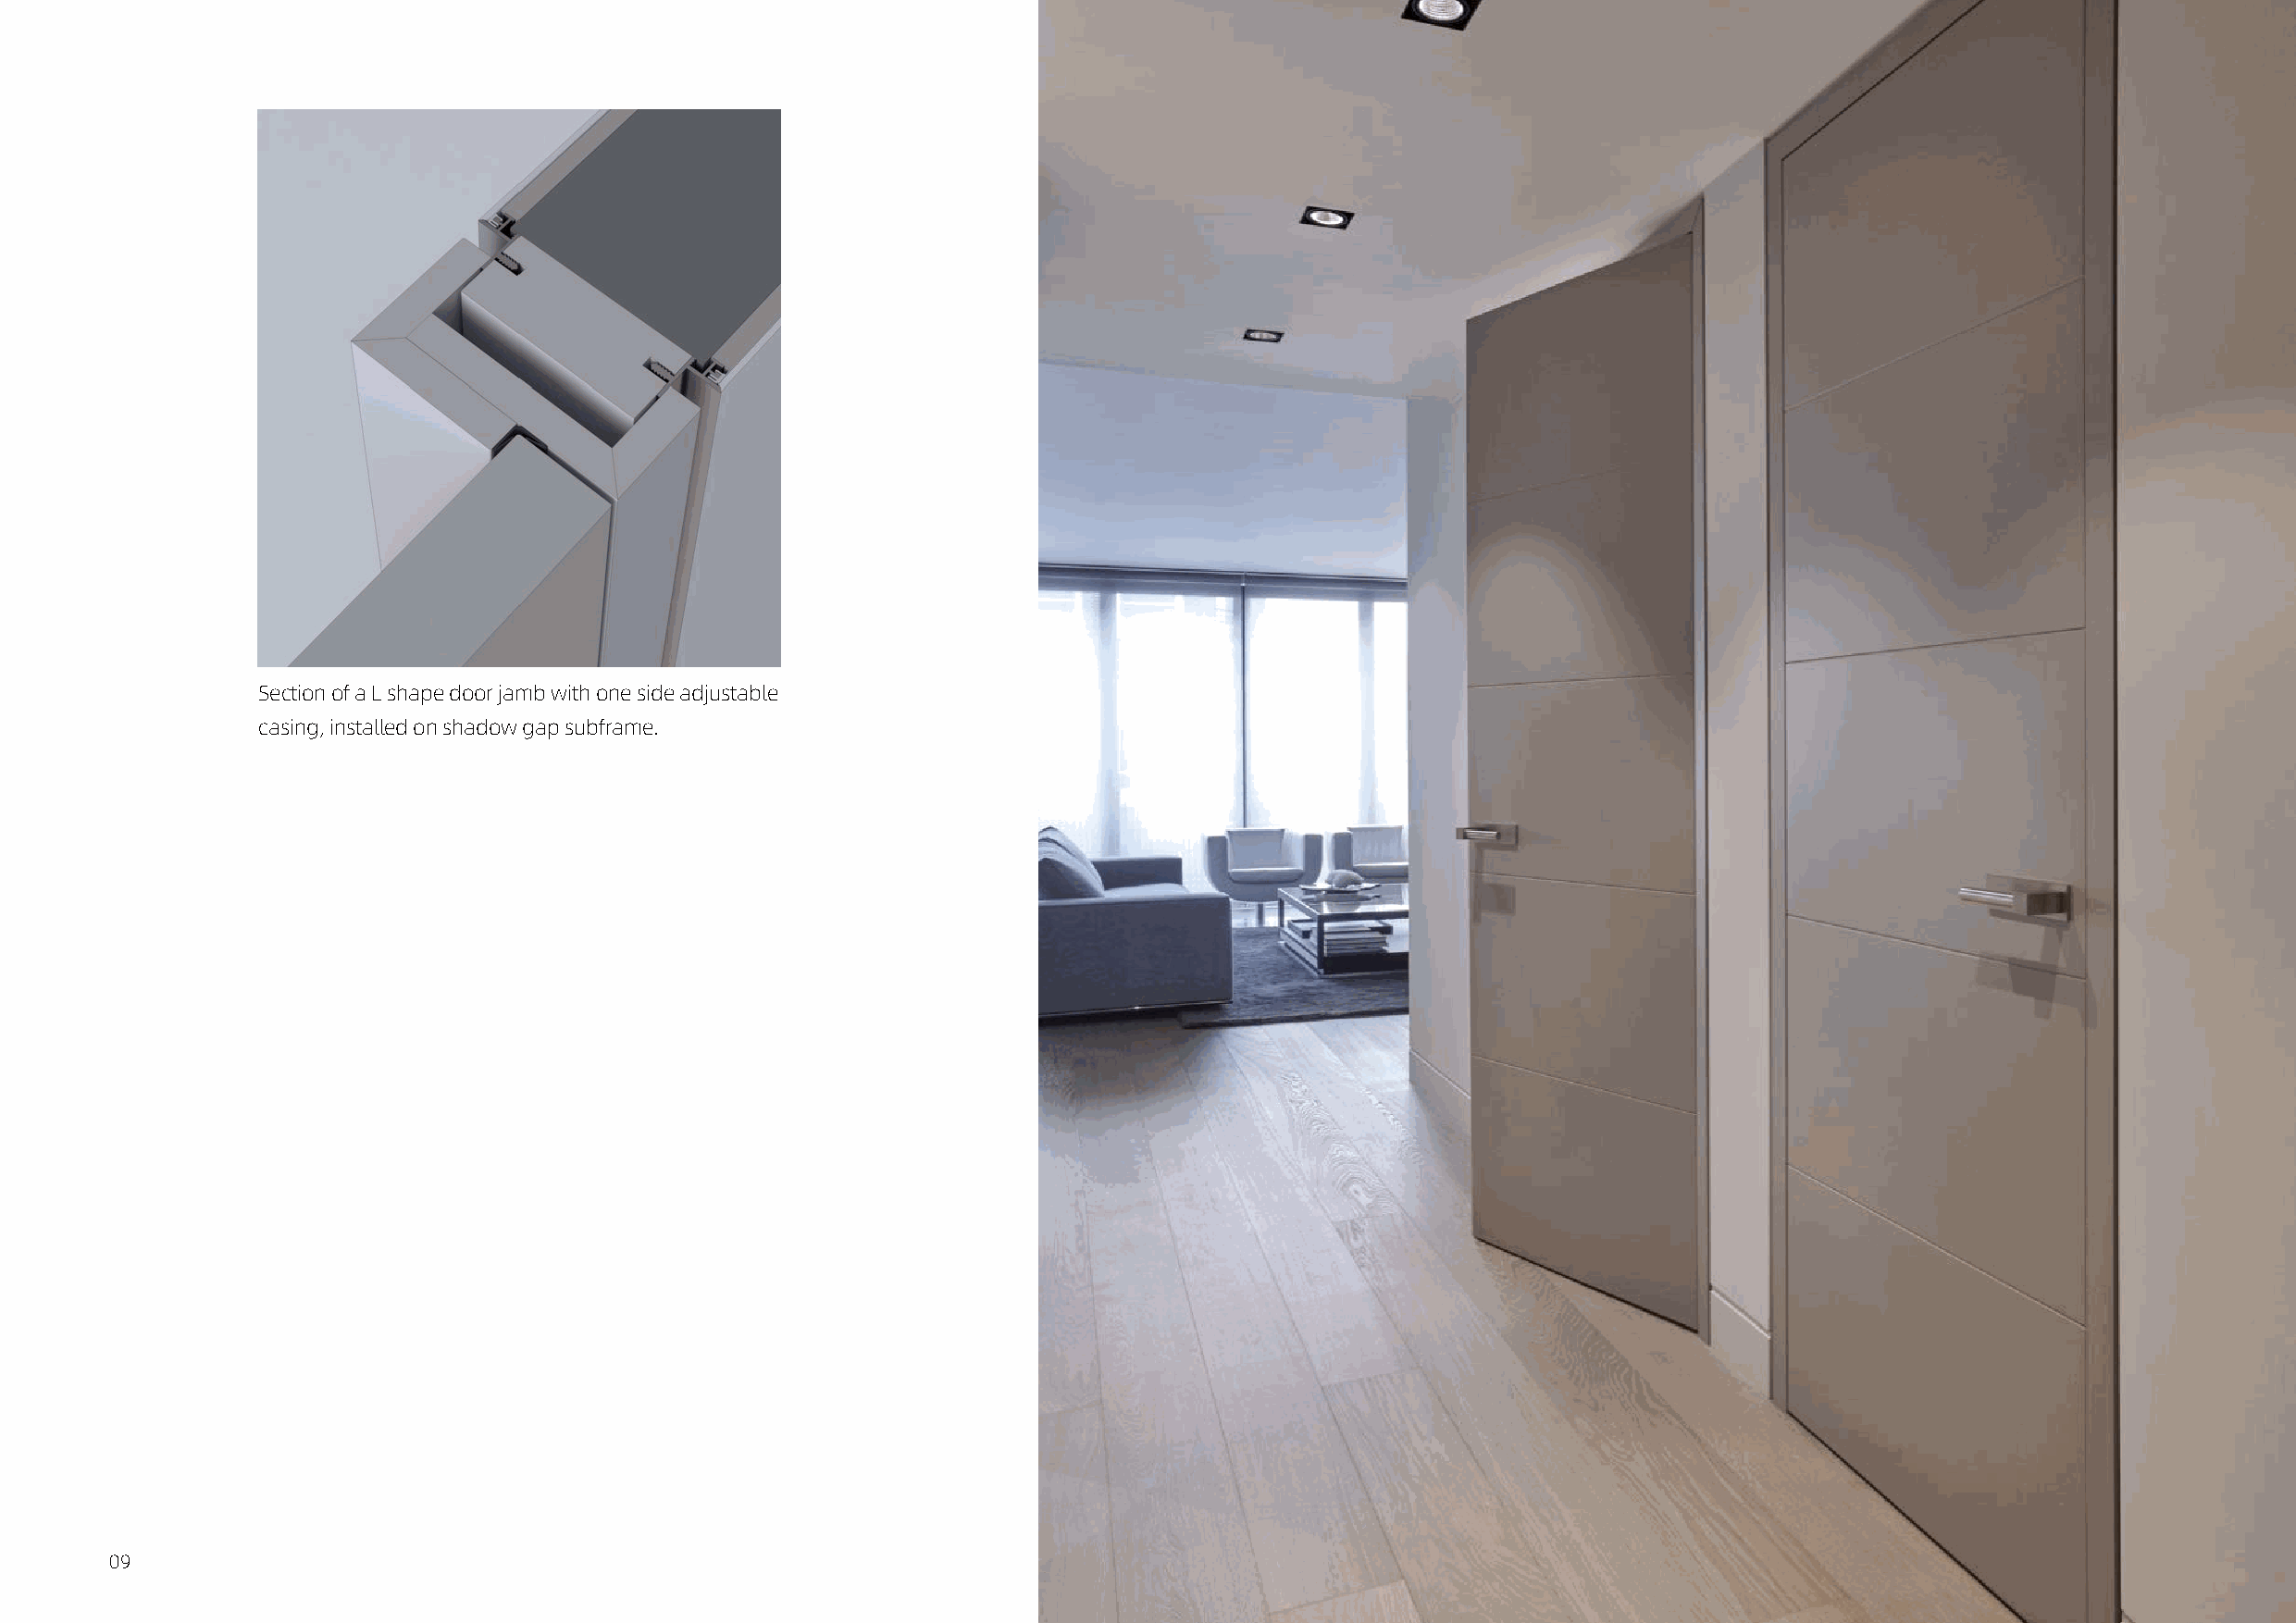
Section of a L shape door jamb with one side adjustable
 casing, installed on shadow gap subframe.
 09                                                                                                                                                 10